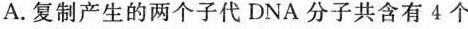
A.复制产生的两个子代DNA分子共含有4个